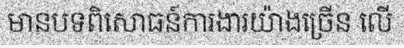
មានបទពិសោធន៍ការងារយ៉ាងច្រើន លើ